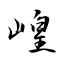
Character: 崲